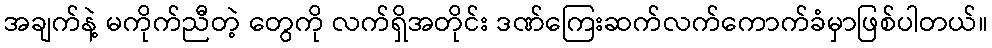
အချက်နဲ့ မကိုက်ညီတဲ့ တွေကို လက်ရှိအတိုင်း ဒဏ်ကြေးဆက်လက်ကောက်ခံမှာဖြစ်ပါတယ်။